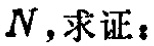
$N,求证：$